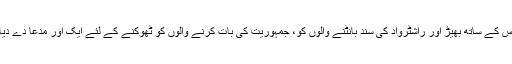
اس کے ساتھ بھیڑ اور راشٹرواد کی سند بانٹنے والوں کو، جمہوریت کی بات کرنے والوں کو ٹھوکنے کے لئے ایک اور مدعا دے دیا۔